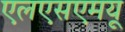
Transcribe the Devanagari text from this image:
एलएसएमयू